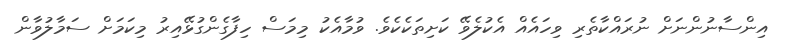
އިންސާނުންނަށް ނުރައްކާތެރި ވިހައެއް އެކުލެވޭ ކަށިތަކެކެވެ. ވުމާއެކު މިމަސް ހިފާގެންގުޅޭއިރު މިކަމަށް ސަމާލުވާން